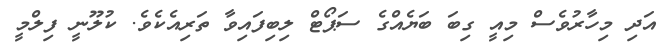
އަދި މިހާރުވެސް މިއީ ގިބަ ބަޔެއްގެ ސަޕޯޓް ލިބިފައިވާ ތަރިއެކެވެ. ކުލޫނީ ފިލްމީ